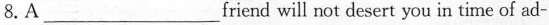
8.A ___ friend will not desert you in time of ad-